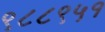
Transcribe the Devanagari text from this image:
९८८९५१